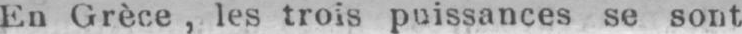
En Grèce, les trois puissances se sont